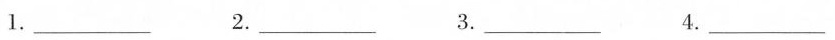
1.___2.___3.___4.___